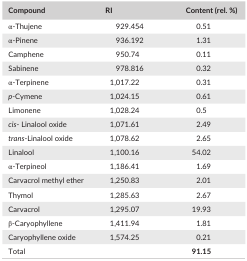
<table><thead><tr><td><b>Compound</b></td><td><b>RI</b></td><td><b>Content (rel. %)</b></td></tr></thead><tbody><tr><td>α‐Thujene</td><td>929.454</td><td>0.51</td></tr><tr><td>α‐Pinene</td><td>936.192</td><td>1.31</td></tr><tr><td>Camphene</td><td>950.74</td><td>0.11</td></tr><tr><td>Sabinene</td><td>978.816</td><td>0.32</td></tr><tr><td>α‐Terpinene</td><td>1,017.22</td><td>0.31</td></tr><tr><td><i>p</i>‐Cymene</td><td>1,024.15</td><td>0.61</td></tr><tr><td>Limonene</td><td>1,028.24</td><td>0.5</td></tr><tr><td><i>cis</i>‐ Linalool oxide</td><td>1,071.61</td><td>2.49</td></tr><tr><td><i>trans</i>‐Linalool oxide</td><td>1,078.62</td><td>2.65</td></tr><tr><td>Linalool</td><td>1,100.16</td><td>54.02</td></tr><tr><td>α‐Terpineol</td><td>1,186.41</td><td>1.69</td></tr><tr><td>Carvacrol methyl ether</td><td>1,250.83</td><td>2.01</td></tr><tr><td>Thymol</td><td>1,285.63</td><td>2.67</td></tr><tr><td>Carvacrol</td><td>1,295.07</td><td>19.93</td></tr><tr><td>β‐Caryophyllene</td><td>1,411.94</td><td>1.81</td></tr><tr><td>Caryophyllene oxide</td><td>1,574.25</td><td>0.21</td></tr><tr><td>Total</td><td></td><td><b>91.15</b></td></tr></tbody></table>